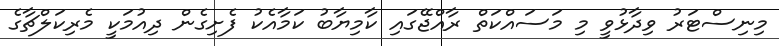
މިނިސްޓަރު ވިދާޅުވީ މި މަސައްކަތް ރާއްޖޭގައި ކާމިޔާބު ކަމާއެކު ފެށިގެން ދިއުމަކީ މެރިކަލްޗާގެ